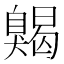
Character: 𦤦